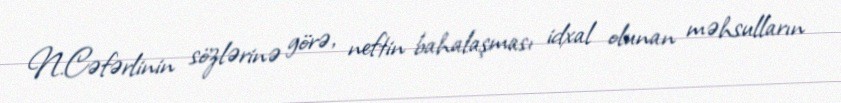
N.Cəfərlinin sözlərinə görə, neftin bahalaşması idxal olunan məhsulların